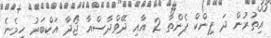
އިތުރުން ދަ ޕިންކް ޕެންތާ 2 އާއި ދޭވްދާސްއާ ޖޯދާ އަކްބަރު ހިމެނެ